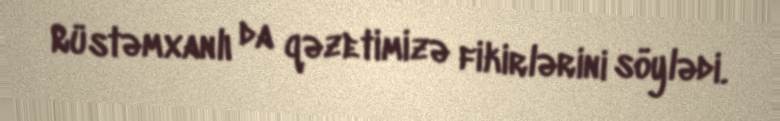
Rüstəmxanlı da qəzetimizə fikirlərini söylədi.